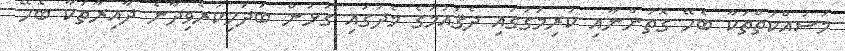
މަސައްކަތްތަކާ ބެހޭ ގޮތުންނާއި ކުރިމަގުގައި ދެޤައުމުގެ މެދުގައި ގުޅުން ބަދަހިކުރެވިދާނެ ދާއިރާތަކާ ބެހޭ